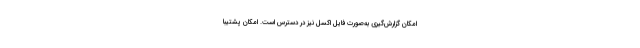
امکان گزارش‌گیری به‌صورت فایل اکسل نیز در دسترس است. امکان پشتیبا